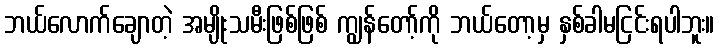
ဘယ်လောက်ချောတဲ့ အမျိုးသမီးဖြစ်ဖြစ် ကျွန်တော့်ကို ဘယ်တော့မှ နှစ်ခါမငြင်းရပါဘူး။